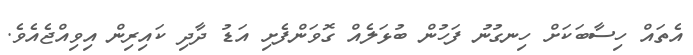
އެތައް ހިސާބަކަށް ހިނގުނު ފަހުން ބުޅަލެއް ގޮވަންފެށި އަޑު ދާދި ކައިރިން އިވިއްޖެއެވެ.